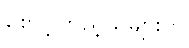
စောင့်ကြည့်သူများက